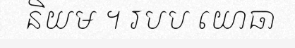
និយម ។ របប យោធា